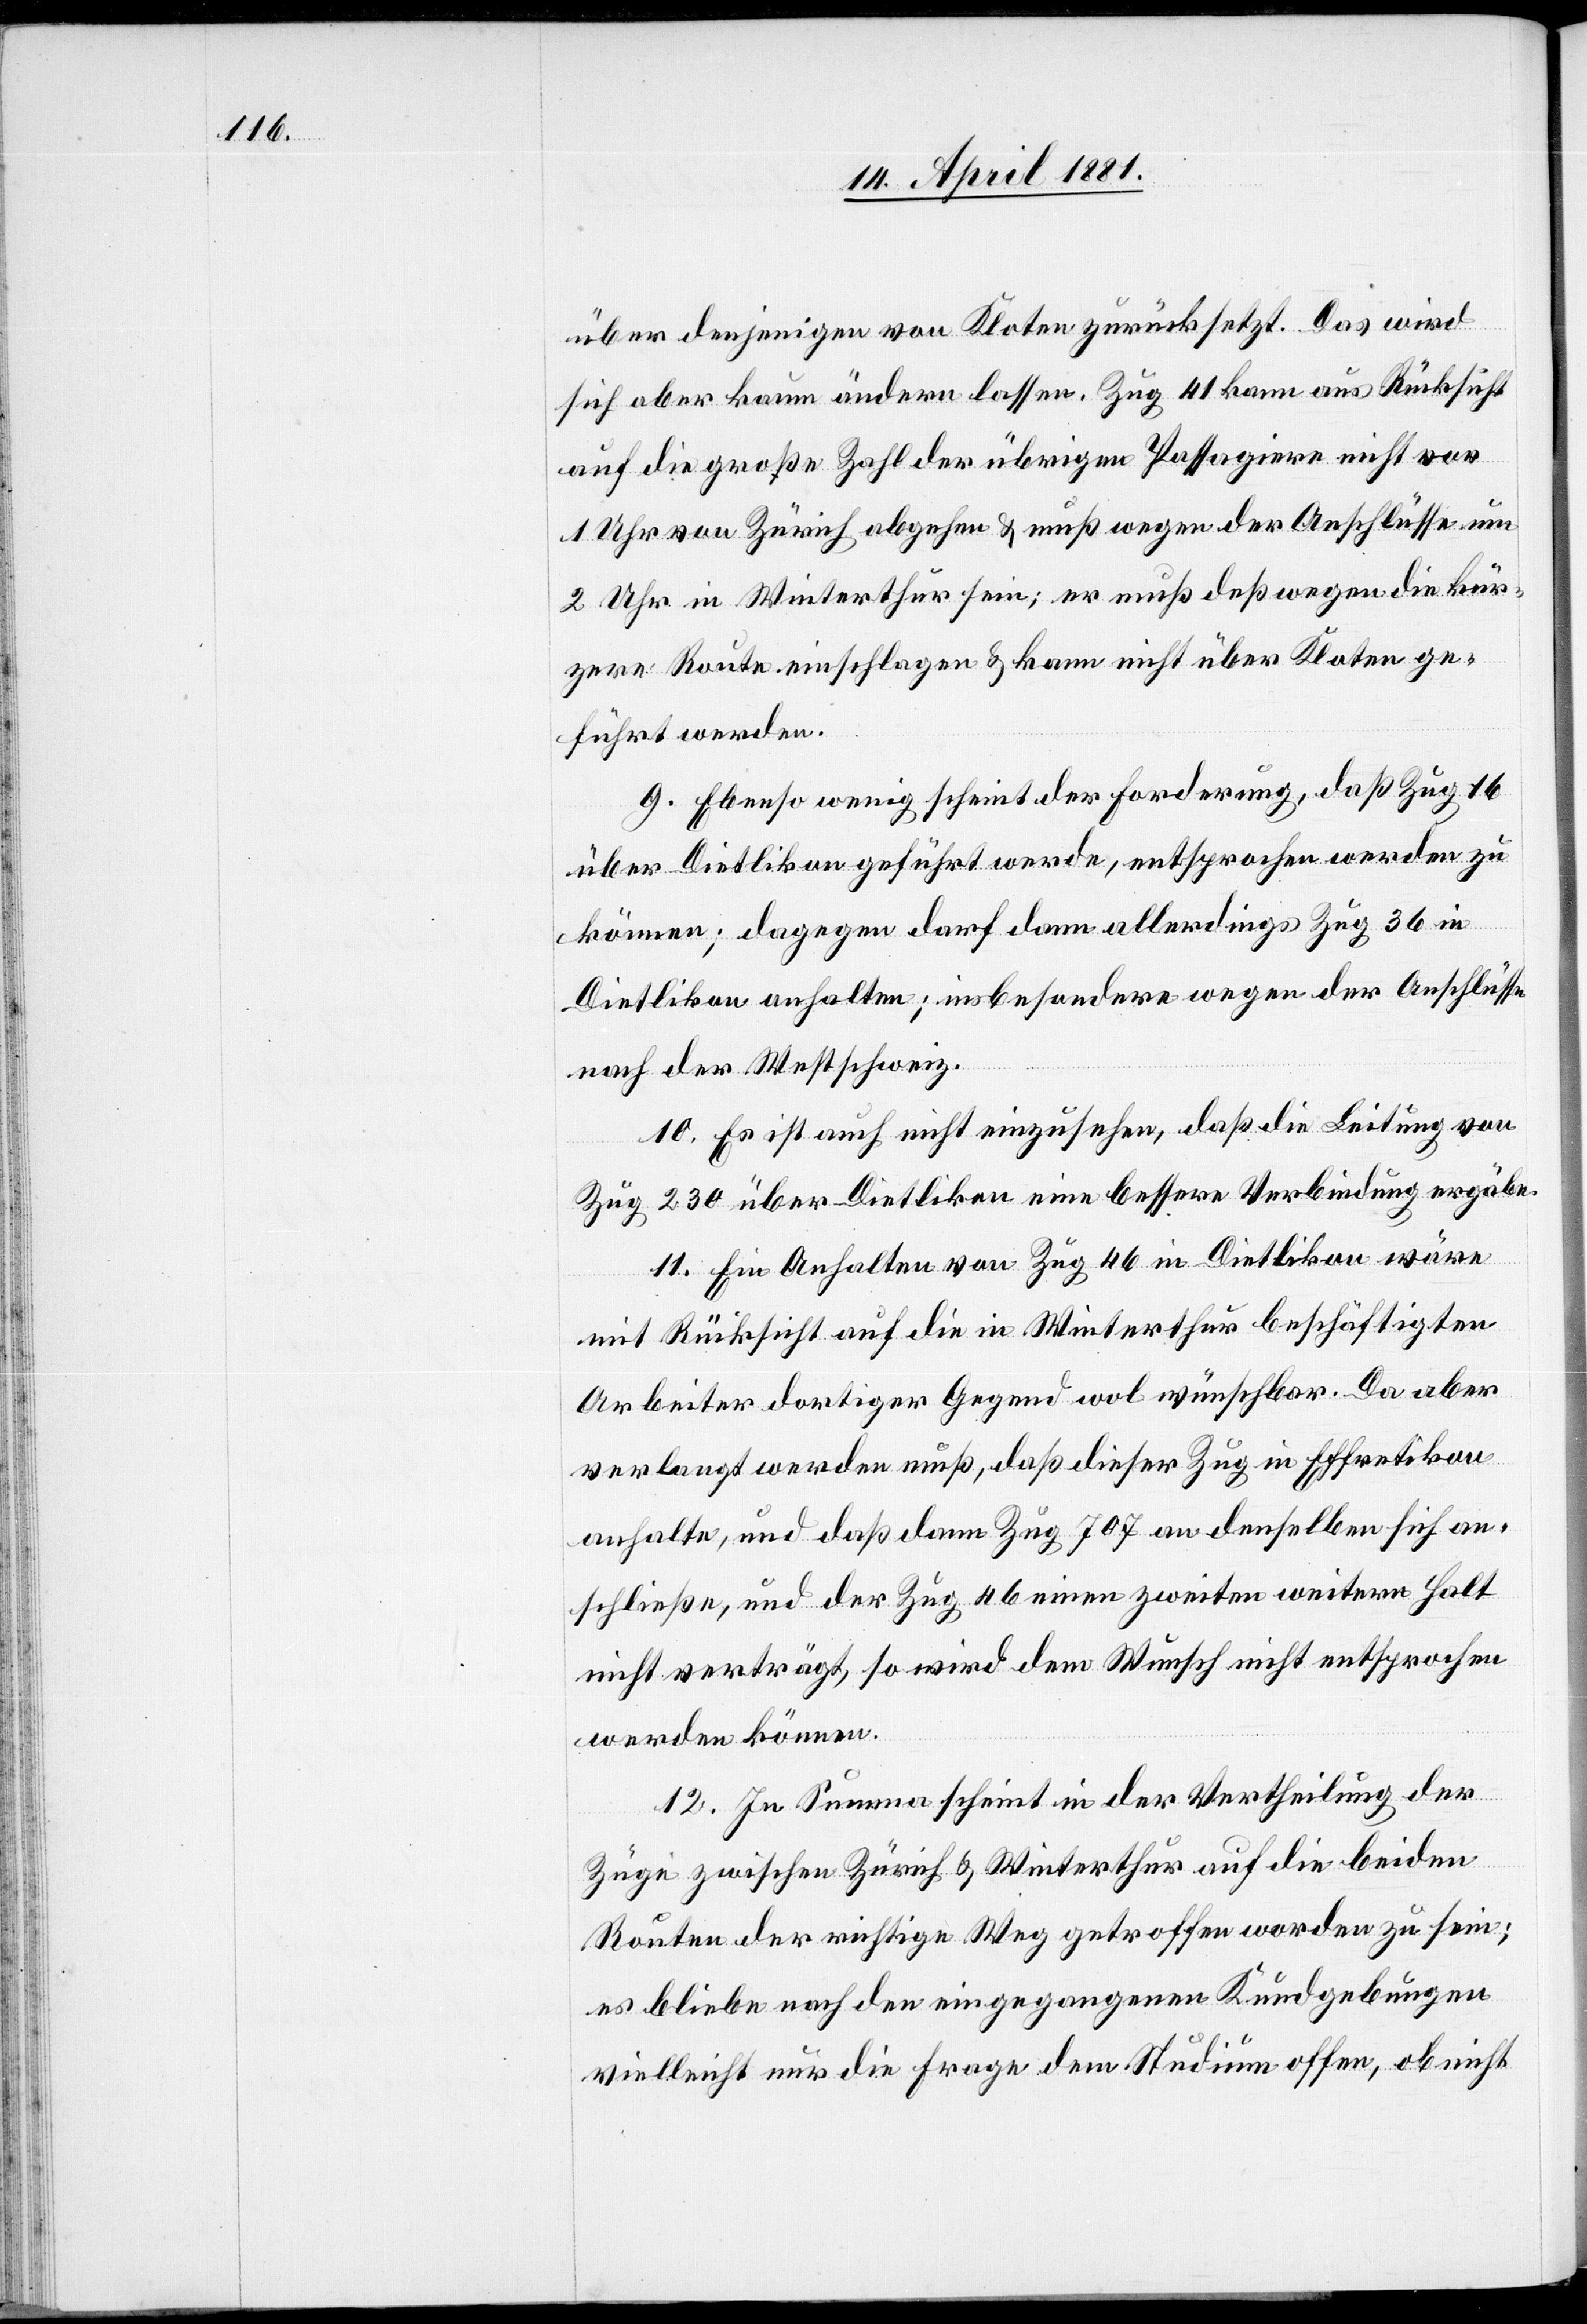
über denjenigen von Kloten zurücksetzt. Das wird
sich aber kaum ändern lassen. Zug 41 kann aus Rücksicht
auf die große Zahl der übrigen Passagiere nicht vor
1 Uhr von Zürich abgehen & muß wegen der Anschlüsse um
2 Uhr in Winterthur sein; er muß deßwegen die kür¬
zere Route einschlagen & kann nicht über Kloten ge¬
führt werden.
9. Ebenso wenig scheint der Forderung, daß Zug 16
über Dietlikon geführt werde, entsprochen werden zu
können; dagegen darf dann allerdings Zug 36 in
Dietlikon anhalten; insbesondere wegen der Anschlüsse
nach der Westschweiz.
10. Es ist auch nicht einzusehen, daß die Leitung von
Zug 230 über Dietlikon eine bessere Verbindung ergäbe.
11. Ein Anhalten von Zug 46 in Dietlikon wäre
mit Rücksicht auf die in Winterthur beschäftigten
Arbeiter dortiger Gegend wol wünschbar. Da aber
verlangt werden muß, daß dieser Zug in Effretikon
anhalte, und daß dann Zug 707 an denselben sich an¬
schließe, und der Zug 46 einen zweiten weitern Halt
nicht verträgt, so wird dem Wunsch nicht entsprochen
werden können.
12. In Summa scheint in der Vertheilung der
Züge zwischen Zürich & Winterthur auf die beiden
Routen der richtige Weg getroffen worden zu sein;
es bliebe nach den eingegangenen Kundgebungen
vielleicht nur die Frage dem Studium offen, ob nicht